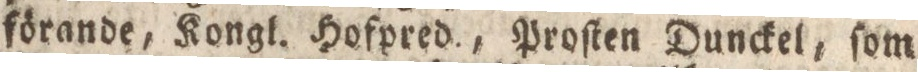
förande, Kongl. Hofpred., Proſten Dunckel, ſom